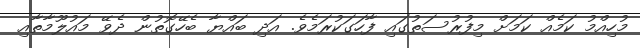
މުހިއްމު ކަމެއް ކަމަށް މިފުރުސަތުގައި ފާހަަގަކުރަމެވެ. އަދި ބައްޔާ ބެހޭގޮތުން ދެވޭ މައުލޫމާތާއި